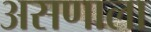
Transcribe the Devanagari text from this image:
असणाला